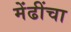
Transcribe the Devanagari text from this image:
मेंढींचा